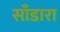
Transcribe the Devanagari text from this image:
साँडारा